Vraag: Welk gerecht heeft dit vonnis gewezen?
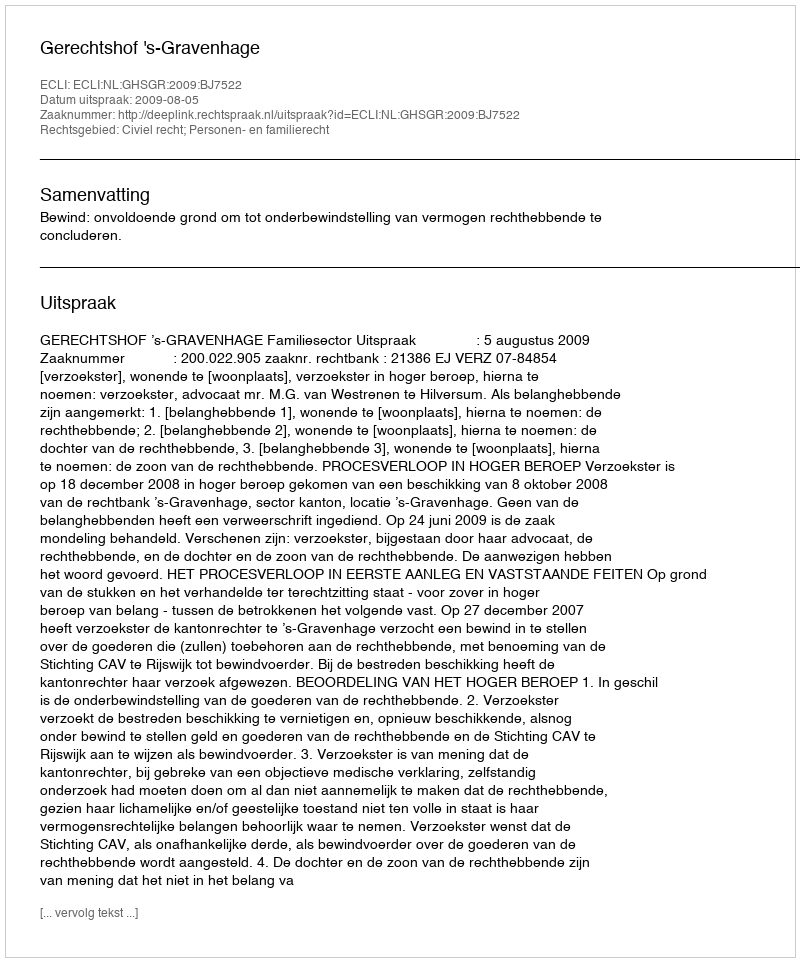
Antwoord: Gerechtshof 's-Gravenhage